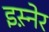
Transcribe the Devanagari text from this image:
इस़्नेर